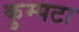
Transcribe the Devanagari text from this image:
कुम्पटा